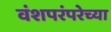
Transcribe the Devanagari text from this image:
वंशपरंपरेच्या